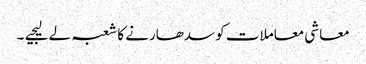
معاشی معاملات کو سدھارنے کا شعبہ لے لیجیے ۔